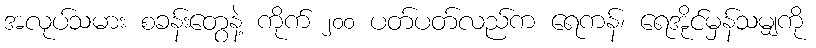
အလုပ်သမား စခန်းတွေနဲ့ ကိုက် ၂၀၀ ပတ်ပတ်လည်က ရေကန်၊ ရေအိုင်မှန်သမျှကို